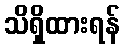
သိရှိထားရန်